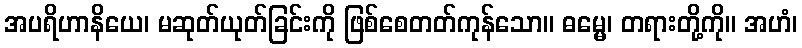
အပရိဟာနိယေ၊ မဆုတ်ယုတ်ခြင်းကို ဖြစ်စေတတ်ကုန်သော။ ဓမ္မေ၊ တရားတို့ကို။ အဟံ၊